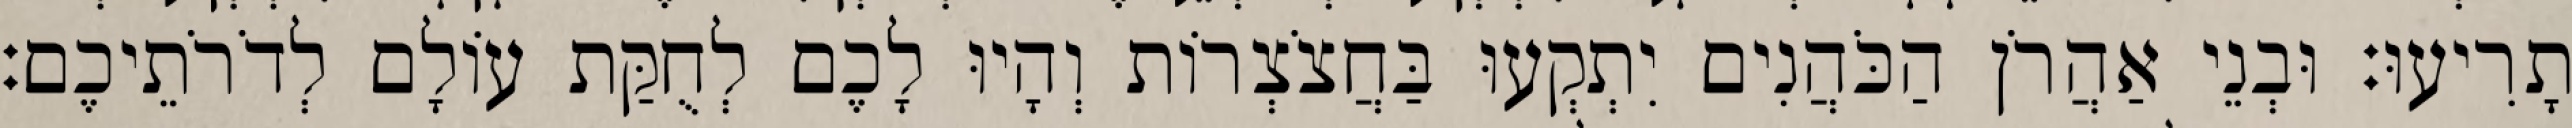
תָרִיעוּ׃ וּבְנֵי אַהֲרֹן הַכֹּהֲנִים יִתְקְעוּ בַּחֲצֹצְרוֹת וְהָיוּ לָכֶם לְחֻקַּת עוֹלָם לְדֹרֹתֵיכֶם׃